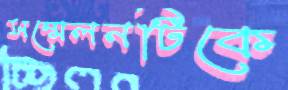
সম্মেলনটিকে